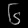
Digit: ၆